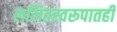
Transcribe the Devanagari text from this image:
ललितस्वरूपातही